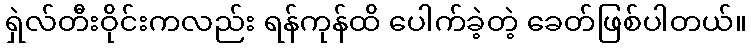
ရှဲလ်တီးဝိုင်းကလည်း ရန်ကုန်ထိ ပေါက်ခဲ့တဲ့ ခေတ်ဖြစ်ပါတယ်။